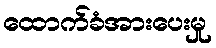
ထောက်ခံအားပေးမှု